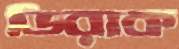
ডিরাক